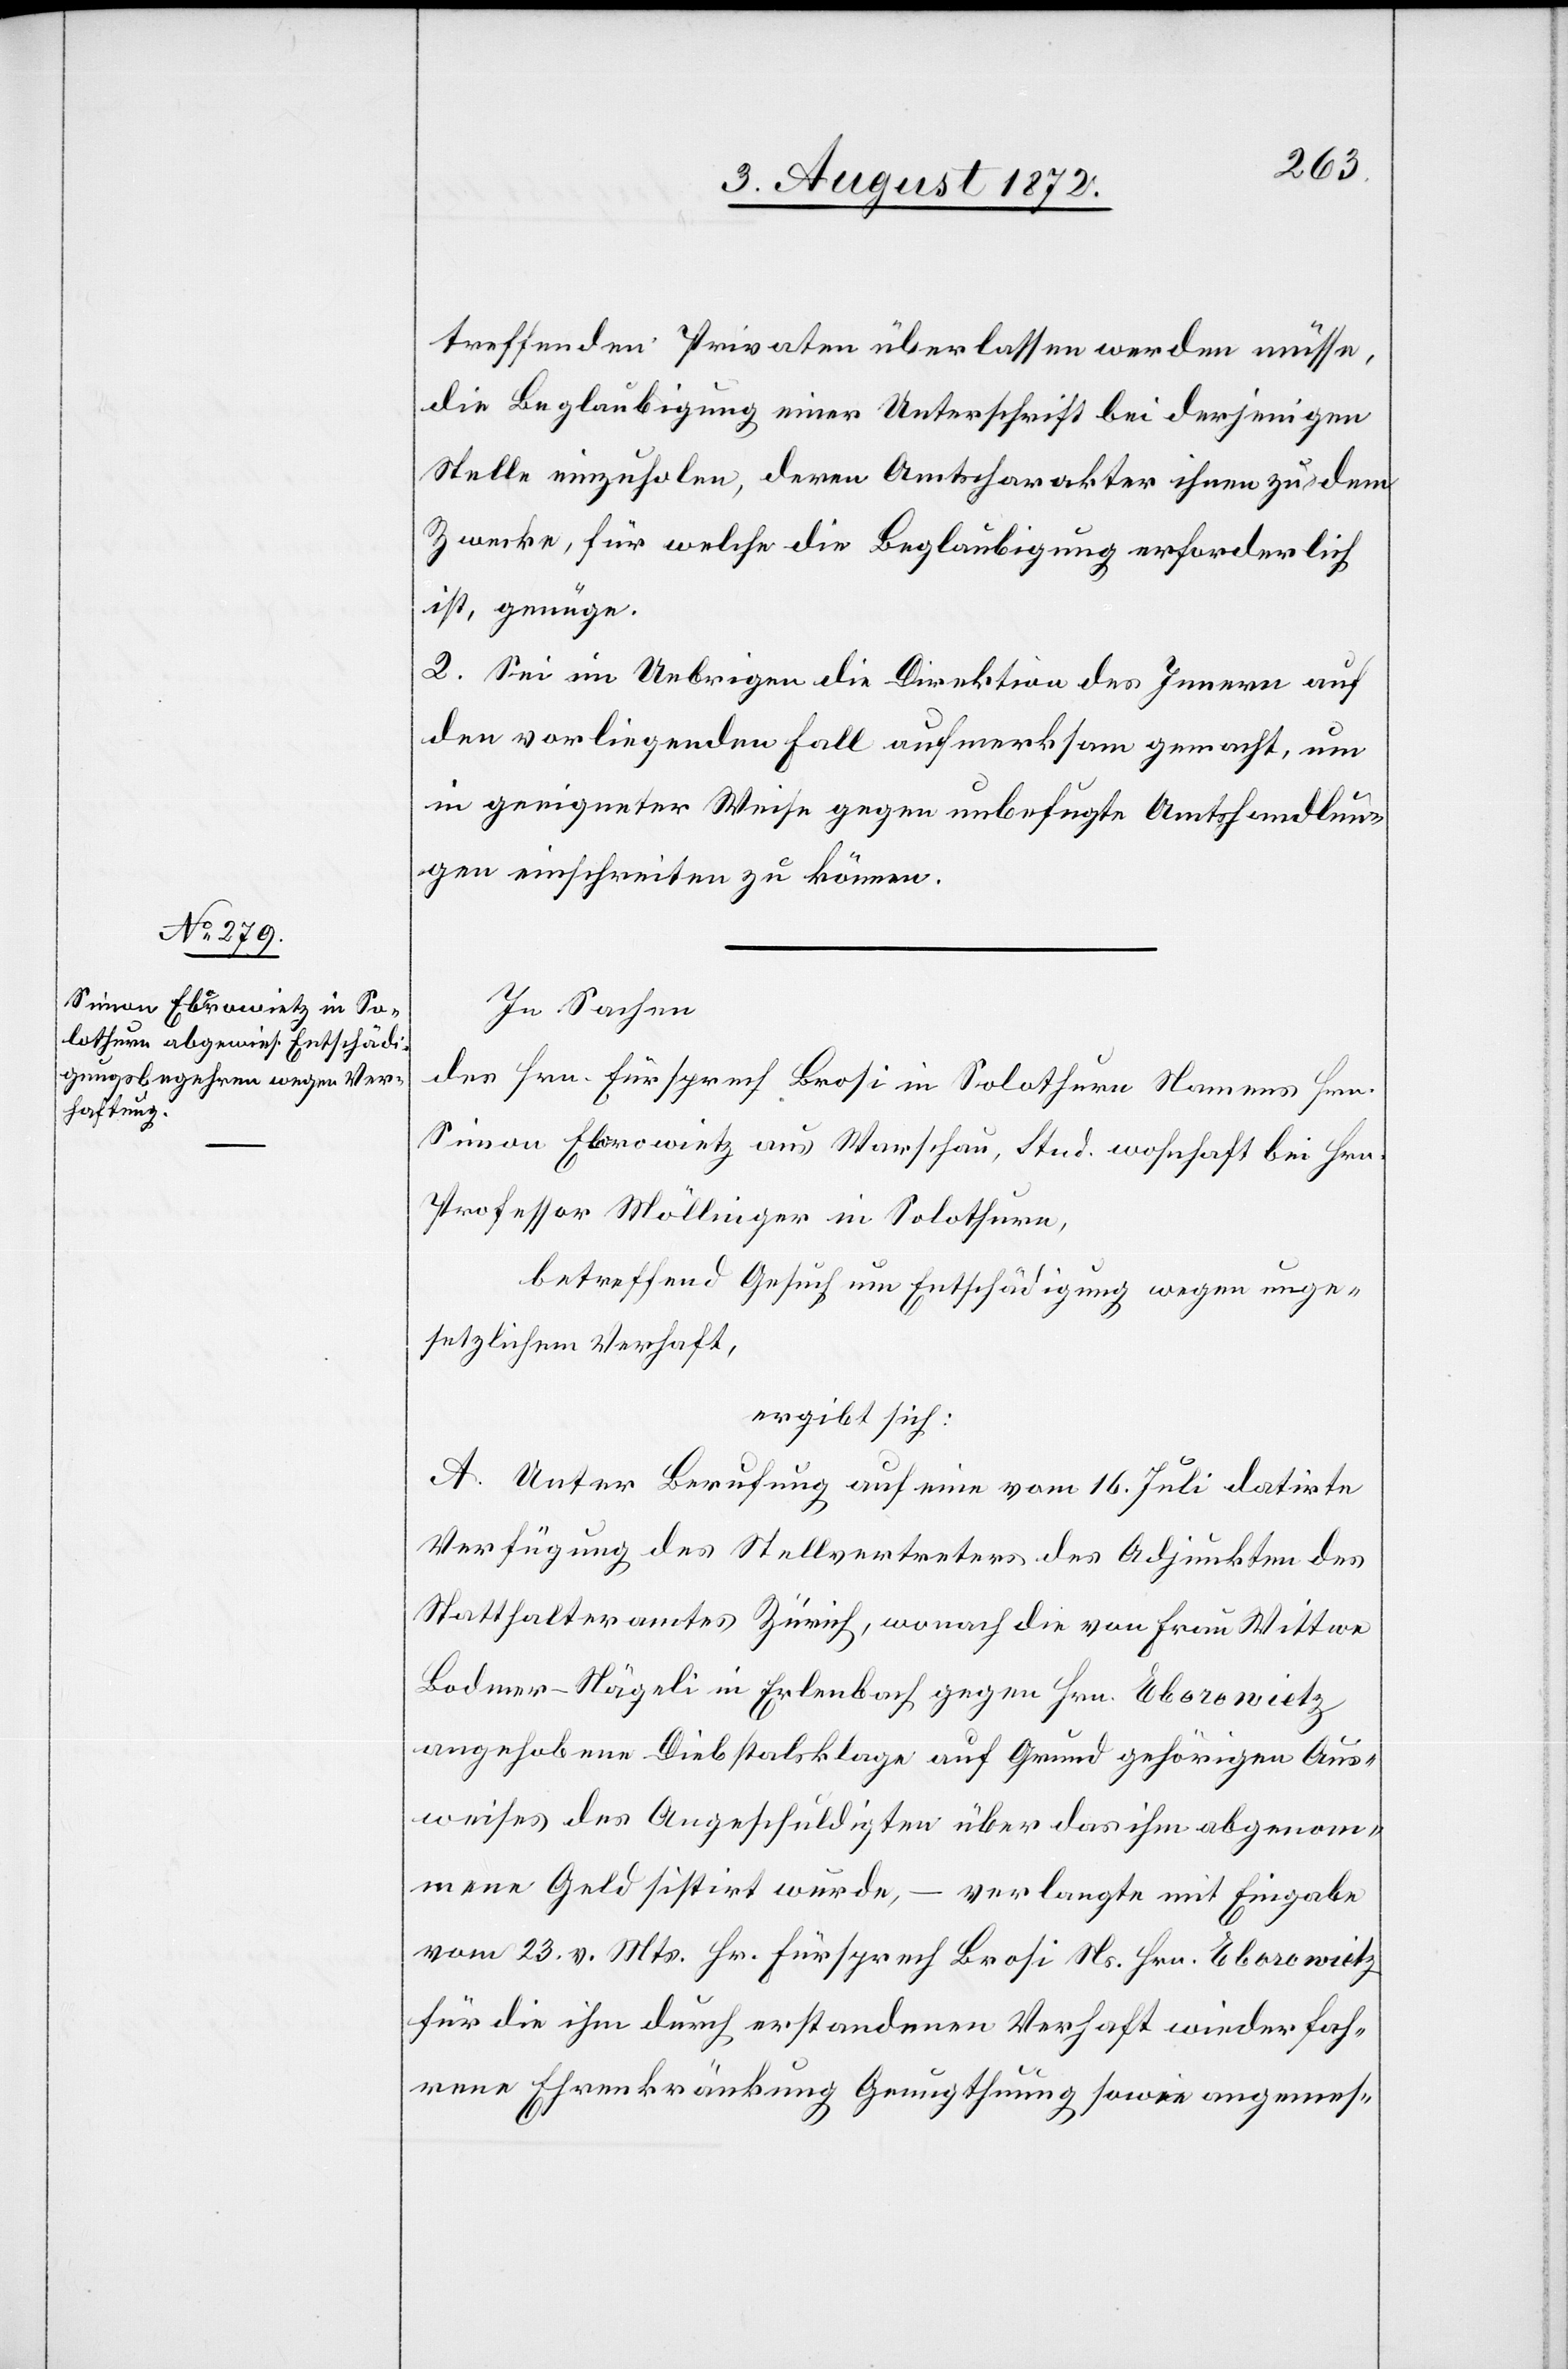
treffenden Privaten überlassen werden müsse,
die Beglaubigung einer Unterschrift bei derjenigen
Stelle einzuholen, deren Amtscharakter ihnen zu dem
Zwecke, für welche die Beglaubigung erforderlich
ist, genüge.
2. Sei im Uebrigen die Direktion des Innern auf
den vorliegenden Fall aufmerksam gemacht, um
in geeigneter Weise gegen unbefugte Amtshandlun¬
gen einschreiten zu können.
In Sachen
des Hrn. Fürsprech Brosi in Solothurn Namens Hrn.
Simon Eborowietz aus Warschau, Stud. wohnhaft bei Hrn.
Professor Möllinger in Solothurn,
betreffend Gesuch um Entschädigung wegen unge¬
setzlichem Verhaft,
ergibt sich:
A. Unter Berufung auf eine vom 16. Juli datirte
Verfügung des Stellvertreters des Adjunkten des
Statthalteramtes Zürich, wonach die von Frau Wittwe
Bodmer-Nägeli in Erlenbach gegen Hrn. Eborowietz
angehobene Diebstalsklage auf Grund gehörigen Aus¬
weises des Angeschuldigten über das ihm abgenom¬
mene Geld sistirt wurde, – verlangte mit Eingabe
vom 23. v. Mts. Hr. Fürsprech Brosi Ns. Hrn. Eborowietz
für die ihm durch erstandenen Verhaft wiederfah¬
rene Ehrenkränkung Genugthuung sowie angemes-